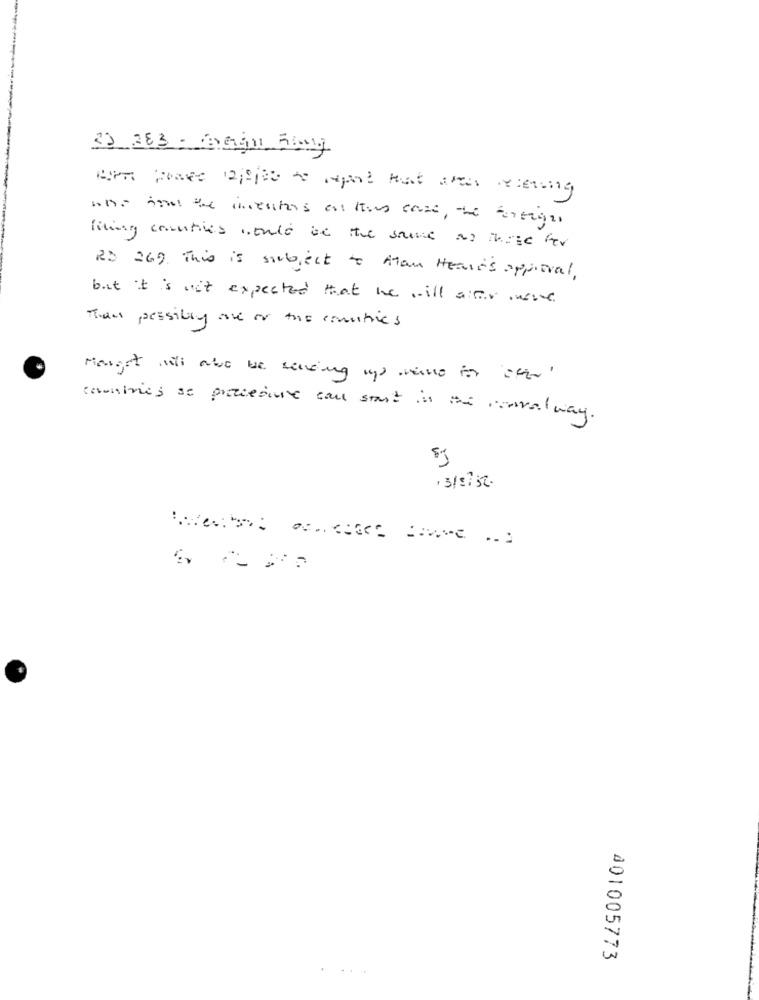
33 383 - Bagn Bang
who And the inventos at this case, the foreign
living counties would be the same as thise fer
RD 269. This is subject to Atom Heart's approval.
but it is not expected that he will aitr were
Theet pressibly are or the countries
Manget will also be sending up vivo ins ofar "
countries se protieste can start in the convalway.
. 3/5/52.
001005773